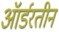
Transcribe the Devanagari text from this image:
ऑर्डरतीन